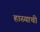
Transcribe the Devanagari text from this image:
हास्याची